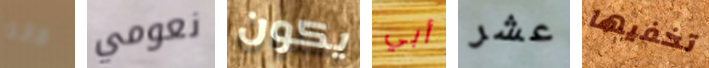
فانه نعومي يكون أبي عشر تخفيها